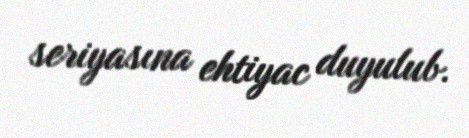
seriyasına ehtiyac duyulub.